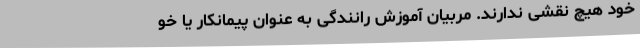
خود هیچ نقشی ندارند. مربیان آموزش رانندگی به عنوان پیمانکار یا خو